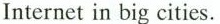
Internet in big cities.